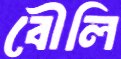
বৌলি